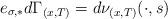
LaTeX: \begin{align*}e_{\sigma,\ast} d\Gamma_{(x,T)}=d\nu_{(x,T)}(\cdot,s)\end{align*}